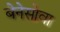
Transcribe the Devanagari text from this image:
बेनेसोवा